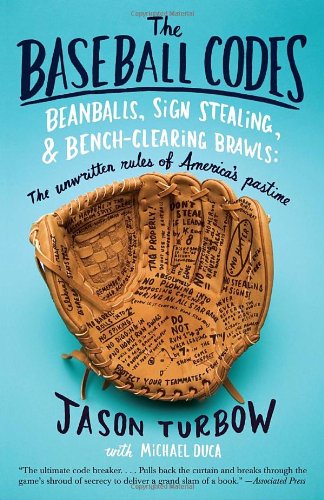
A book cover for The Baseball Codes: Beanballs, Sign Stealing, and Bench-Clearing Brawls: The Unwritten Rules of America's Pastime; Jason Turbow; Sports & Outdoors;